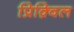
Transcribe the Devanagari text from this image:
प्रिक़्विल